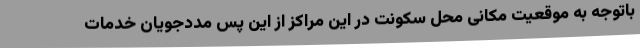
باتوجه به موقعیت مکانی محل سکونت در این مراکز از این پس مددجویان خدمات